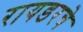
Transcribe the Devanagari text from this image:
रायडरचे